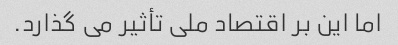
اما این بر اقتصاد ملی تأثیر می گذارد.